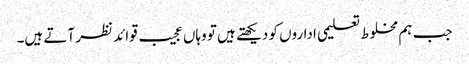
جب ہم مخلوط تعلیمی اداروں کو دیکھتے ہیں تو وہاں عجیب قوائد نظر آتے ہیں۔